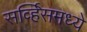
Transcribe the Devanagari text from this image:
सर्व्हिसमध्ये